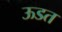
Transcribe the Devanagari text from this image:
ऊडत